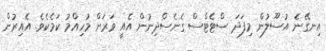
އިނގޭނެ އުސޫލުން މިފަދަ ސްޓެޓްސް ގެނެސްދިނުން އެއީ ވަރަށް މުހިއްމު ކަމެކެވެ. އެއިރުން